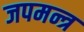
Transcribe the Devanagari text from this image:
जपमन्त्र